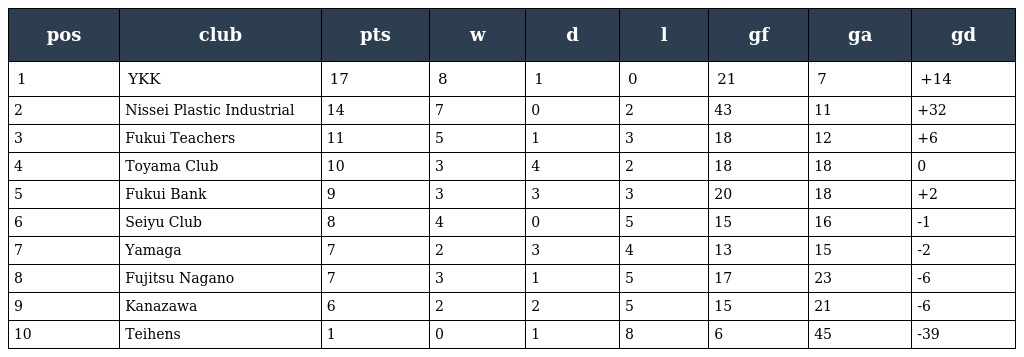
| pos | club | pts | w | d | l | gf | ga | gd |
 | --- | --- | --- | --- | --- | --- | --- | --- | --- |
 | 1 | YKK | 17 | 8 | 1 | 0 | 21 | 7 | +14 |
 | 2 | Nissei Plastic Industrial | 14 | 7 | 0 | 2 | 43 | 11 | +32 |
 | 3 | Fukui Teachers | 11 | 5 | 1 | 3 | 18 | 12 | +6 |
 | 4 | Toyama Club | 10 | 3 | 4 | 2 | 18 | 18 | 0 |
 | 5 | Fukui Bank | 9 | 3 | 3 | 3 | 20 | 18 | +2 |
 | 6 | Seiyu Club | 8 | 4 | 0 | 5 | 15 | 16 | -1 |
 | 7 | Yamaga | 7 | 2 | 3 | 4 | 13 | 15 | -2 |
 | 8 | Fujitsu Nagano | 7 | 3 | 1 | 5 | 17 | 23 | -6 |
 | 9 | Kanazawa | 6 | 2 | 2 | 5 | 15 | 21 | -6 |
 | 10 | Teihens | 1 | 0 | 1 | 8 | 6 | 45 | -39 |